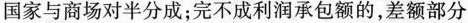
国家与商场对半分成；完不成利润承包额的，差额部分